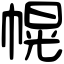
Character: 幌